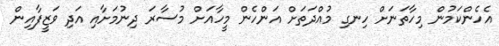
އެހެންކަމުން މިހާތަނަށް ހިނގި މުއްދަތަށް އަންހެން މީހާއަށް މުސާރަ ދިނުމަށާއި އަދި ވަޒީފާއިން